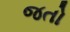
જતો